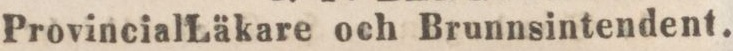
Provincial Läkare och Brunnsintendent.